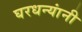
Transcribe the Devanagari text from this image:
घरधन्यांनी